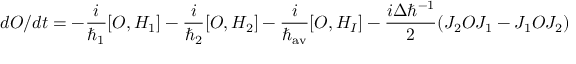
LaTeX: d { \cal O } / d t = - { \frac { i } { \hbar _ { 1 } } } [ { \cal O } , { \cal H } _ { 1 } ] - { \frac { i } { \hbar _ { 2 } } } [ { \cal O } , { \cal H } _ { 2 } ] - { \frac { i } { \hbar _ { \mathrm { a v } } } } [ { \cal O } , { \cal H } _ { I } ] - { \frac { i \Delta \hbar ^ { - 1 } } { 2 } } ( J _ { 2 } { \cal O } J _ { 1 } - J _ { 1 } { \cal O } J _ { 2 } )